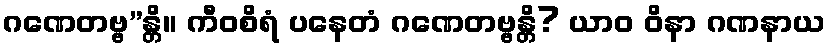
ဂဏေတဗ္ဗ”န္တိ။ ကီဝစိရံ ပနေတံ ဂဏေတဗ္ဗန္တိ? ယာဝ ဝိနာ ဂဏနာယ